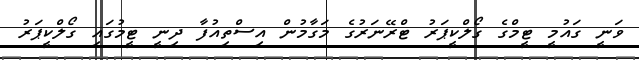
ވަނީ ގައުމީ ޓީމްގެ ގޯލްކީޕަރު ޓްރޭނަރުގެ މަގާމުން އިސްތިއުފާ ދިނީ ޓީމުގައި ގޯލްކީޕަރު